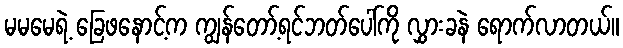
မမမေရဲ့ ခြေဖနောင့်က ကျွန်တော့်ရင်ဘတ်ပေါ်ကို လွှားခနဲ ရောက်လာတယ်။